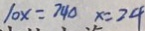
1 0 x = 7 4 0 x = 2 4